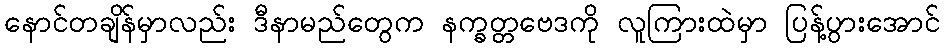
နောင်တချိန်မှာလည်း ဒီနာမည်တွေက နက္ခတ္တဗေဒကို လူကြားထဲမှာ ပြန့်ပွားအောင်